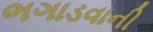
ભગાડવાની